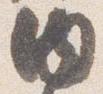
内